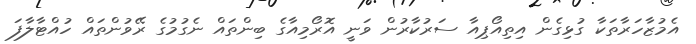
އެމުޒާހަރާތަކާ ގުޅިގެން އިތިއޯޕިއާ ސަރުކާރުން ވަނީ އޮރޯމިއާގެ ބިންތައް ނެގުމުގެ ރޭވުންތައް ހުއްޓާލާފަ